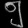
Digit: ၅